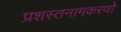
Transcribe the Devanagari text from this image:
प्रशस्तनामकरणो